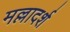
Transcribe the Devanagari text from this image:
मल्लादर्श